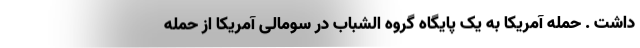
داشت . حمله آمریکا به یک پایگاه گروه الشباب در سومالی آمریکا از حمله